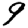
Digit: 9